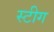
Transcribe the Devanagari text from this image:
स्टीग